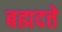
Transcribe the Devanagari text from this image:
बह्मदत्ते